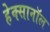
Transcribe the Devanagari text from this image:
हेक्सानॉल